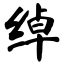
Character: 绰